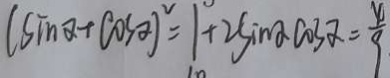
( \sin \alpha + \cos \alpha ) ^ { 2 } = 1 + 2 \sin \alpha \cos \alpha = \frac { 4 } { 9 }